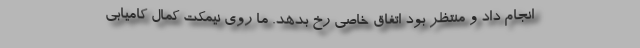
انجام داد و منتظر بود اتفاق خاصی رخ بدهد. ما روی نیمکت کمال کامیابی